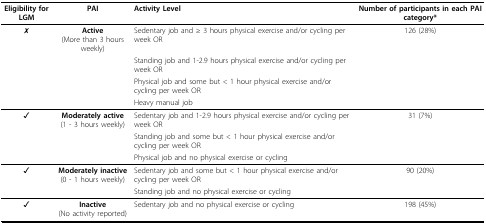
<table><thead><tr><td><b>Eligibility for LGM</b></td><td><b>PAI</b></td><td><b>Activity Level</b></td><td><b>Number of participants in each PAI category*</b></td></tr></thead><tbody><tr><td>✗</td><td><b>Active</b>(More than 3 hours weekly)</td><td>Sedentary job and ≥ 3 hours physical exercise and/or cycling per week OR</td><td>126 (28%)</td></tr><tr><td></td><td></td><td>Standing job and 1-2.9 hours physical exercise and/or cycling per week OR</td><td></td></tr><tr><td></td><td></td><td>Physical job and some but &lt; 1 hour physical exercise and/or cycling per week OR</td><td></td></tr><tr><td></td><td></td><td>Heavy manual job</td><td></td></tr><tr><td>✓</td><td><b>Moderately active</b>(1 - 3 hours weekly)</td><td>Sedentary job and 1-2.9 hours physical exercise and/or cycling per week OR</td><td>31 (7%)</td></tr><tr><td></td><td></td><td>Standing job and some but &lt; 1 hour physical exercise and/or cycling per week OR</td><td></td></tr><tr><td></td><td></td><td>Physical job and no physical exercise or cycling</td><td></td></tr><tr><td>✓</td><td><b>Moderately inactive</b>(0 - 1 hours weekly)</td><td>Sedentary job and some but &lt; 1 hour physical exercise and/or cycling per week OR</td><td>90 (20%)</td></tr><tr><td></td><td></td><td>Standing job and no physical exercise or cycling</td><td></td></tr><tr><td>✓</td><td><b>Inactive</b>(No activity reported)</td><td>Sedentary job and no physical exercise or cycling</td><td>198 (45%)</td></tr></tbody></table>